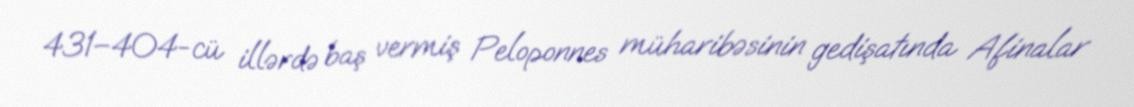
431–404-cü illərdə baş vermiş Peloponnes müharibəsinin gedişatında Afinalar